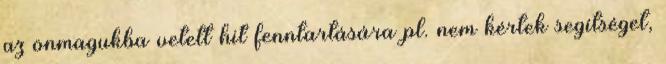
az önmagukba vetett hit fenntartására pl. nem kértek segítséget,